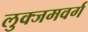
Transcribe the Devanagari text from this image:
लुक्जमवर्ग